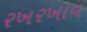
રખરખાવ